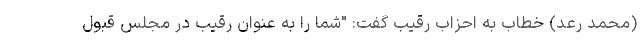
(محمد رعد) خطاب به احزاب رقیب گفت: "شما را به عنوان رقیب در مجلس قبول